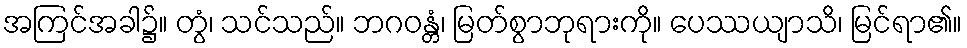
အကြင်အခါ၌။ တွံ၊ သင်သည်။ ဘဂဝန္တံ၊ မြတ်စွာဘုရားကို။ ပေဿယျာသိ၊ မြင်ရာ၏။